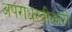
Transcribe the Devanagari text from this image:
अपराधस्वीकारी